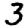
Digit: 3